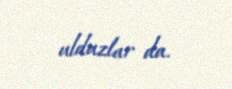
ulduzlar da.